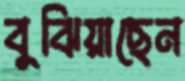
বুঝিয়াছেন